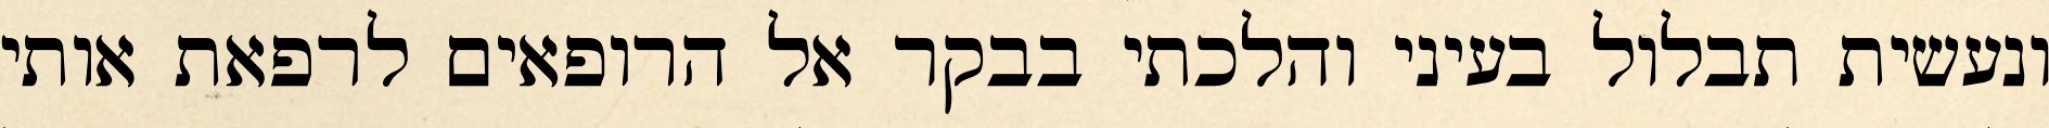
ונעשית תבלול בעיני והלכתי בבקר אל הרופאים לרפאת אותי